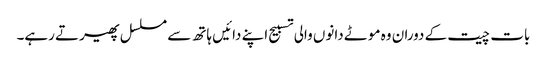
بات چیت کے دوران وہ موٹے دانوں والی تسبیح اپنے دائیں ہاتھ سے مسلسل پھیرتے رہے۔